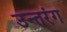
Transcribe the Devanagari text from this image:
उन्तरंग